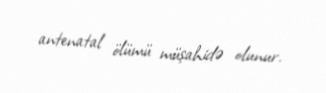
antenatal ölümü müşahidə olunur.